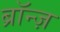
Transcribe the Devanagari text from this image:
ब्रॉन्ज़